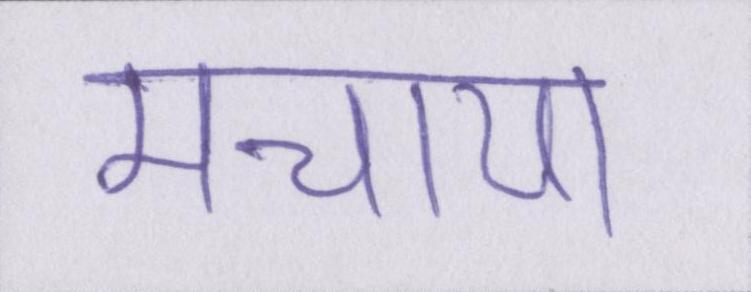
मचाया